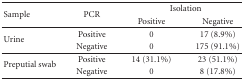
| <ROWSPAN=2> Sample | <ROWSPAN=2> PCR | <COLSPAN=2> Isolation |
 | Positive | Negative |
 | --- | --- | --- | --- |
 | <ROWSPAN=2> Urine | Positive | 0 | 17 (8.9%) |
 | Negative | 0 | 175 (91.1%) |
 | <ROWSPAN=2> Preputial swab | Positive | 14 (31.1%) | 23 (51.1%) |
 | Negative | 0 | 8 (17.8%) |